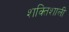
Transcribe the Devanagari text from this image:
शक्‍ितशाली